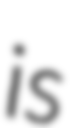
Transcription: is